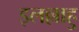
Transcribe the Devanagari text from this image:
इलल्लाहु